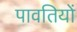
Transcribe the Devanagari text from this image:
पावतियों